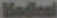
Medical